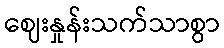
ဈေးနှုန်းသက်သာစွာ